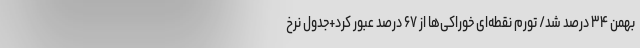
بهمن ۳۴ درصد شد/ تورم نقطه‌ای خوراکی‌ها از ۶۷ درصد عبور کرد+جدول نرخ